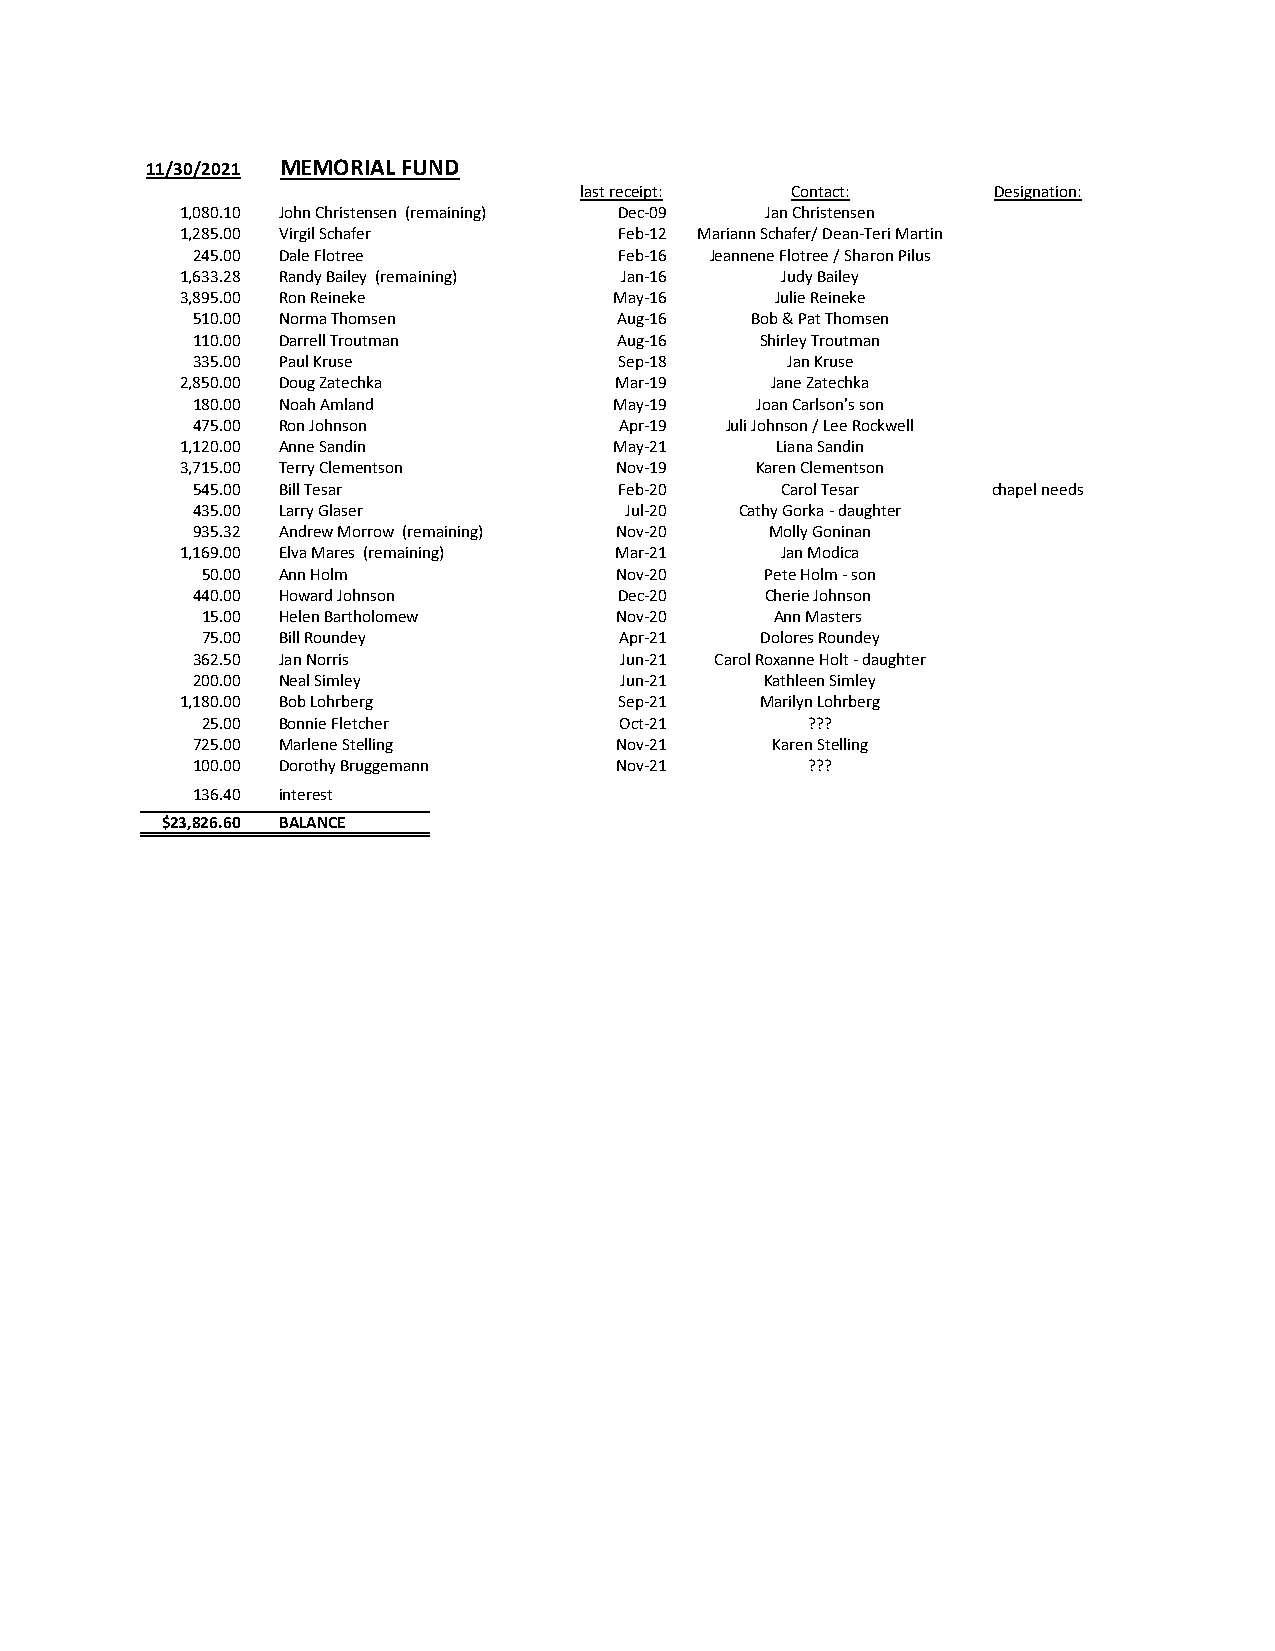
11/30/2021 MEMORIAL FUND
 last receipt: Contact:      Designation:
 1,080.10 John Christensen (remaining) Dec-09 Jan Christensen
 1,285.00 Virgil Schafer      Feb-12 Mariann Schafer/ Dean-Teri Martin
 245.00 Dale Flotree         Feb-16 Jeannene Flotree / Sharon Pilus
 1,633.28 Randy Bailey (remaining) Jan-16 Judy Bailey
 3,895.00 Ron Reineke         May-16    Julie Reineke
 510.00 Norma Thomsen        Aug-16   Bob & Pat Thomsen
 110.00 Darrell Troutman     Aug-16   Shirley Troutman
 335.00 Paul Kruse           Sep-18     Jan Kruse
 2,850.00 Doug Zatechka       Mar-19    Jane Zatechka
 180.00 Noah Amland          May-19   Joan Carlson's son
 475.00 Ron Johnson          Apr-19 Juli Johnson / Lee Rockwell
 1,120.00 Anne Sandin         May-21    Liana Sandin
 3,715.00 Terry Clementson    Nov-19   Karen Clementson
 545.00 Bill Tesar           Feb-20     Carol Tesar   chapel needs
 435.00 Larry Glaser         Jul-20  Cathy Gorka - daughter
 935.32 Andrew Morrow (remaining) Nov-20 Molly Goninan
 1,169.00 Elva Mares (remaining) Mar-21  Jan Modica
 50.00 Ann Holm              Nov-20    Pete Holm - son
 440.00 Howard Johnson       Dec-20    Cherie Johnson
 15.00 Helen Bartholomew     Nov-20    Ann Masters
 75.00 Bill Roundey          Apr-21   Dolores Roundey
 362.50 Jan Norris           Jun-21 Carol Roxanne Holt - daughter
 200.00 Neal Simley          Jun-21    Kathleen Simley
 1,180.00 Bob Lohrberg        Sep-21   Marilyn Lohrberg
 25.00 Bonnie Fletcher       Oct-21       ???
 725.00 Marlene Stelling     Nov-21    Karen Stelling
 100.00 Dorothy Bruggemann   Nov-21       ???
 136.40 interest
 $23,826.60 BALANCE